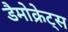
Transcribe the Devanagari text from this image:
डैमोक्रेट्स